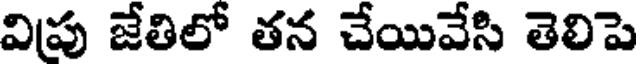
విపు జేతిలో తన చేయివేసి తెలిపె